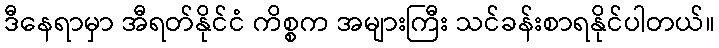
ဒီနေရာမှာ အီရတ်နိုင်ငံ ကိစ္စက အများကြီး သင်ခန်းစာရနိုင်ပါတယ်။